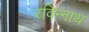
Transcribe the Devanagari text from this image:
रविन्नाथ